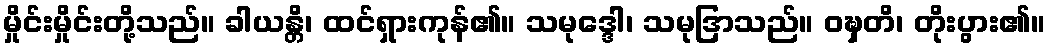
မှိုင်းမှိုင်းတို့သည်။ ခါယန္တိ၊ ထင်ရှားကုန်၏။ သမုဒ္ဒေါ၊ သမုဒြာသည်။ ဝဍ္ဎှတိ၊ တိုးပွား၏။